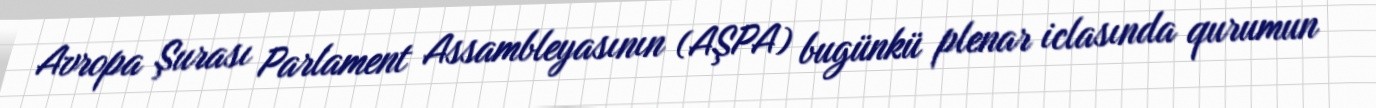
Avropa Şurası Parlament Assambleyasının (AŞPA) bugünkü plenar iclasında qurumun